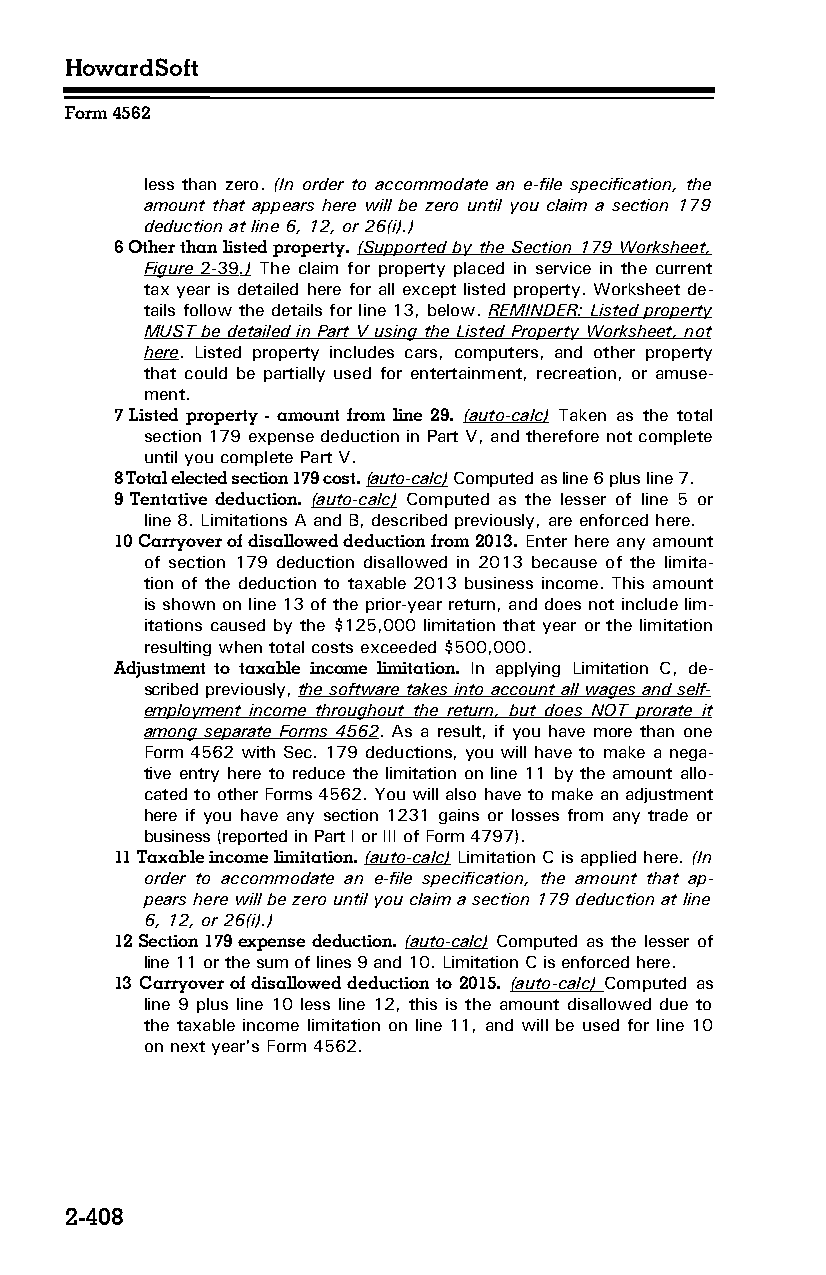
HowardSoft
 Form 4562
 less than zero. (In order to accommodate an e-file specification, the
 amount that appears here will be zero until you claim a section 179
 deduction at line 6, 12, or 26(i).)
 6 Other than listed property. (Supported by the Section 179 Worksheet,
 Figure 2-39 .) The claim for property placed in service in the current
 tax year is detailed here for all except listed property. Worksheet de­
 tails follow the details for line 13, below. REMINDER: Listed property
 MUST be detailed in Part V using the Listed Property Worksheet, not
 here. Listed property includes cars, computers, and other property
 that could be partially used for entertainment, recreation, or amuse­
 ment.
 7 Listed property - amount from line 29. (auto-calc) Taken as the total
 section 179 expense deduction in Part V, and therefore not complete
 until you complete Part V.
 8 Total elected section 179 cost. (auto-calc) Computed as line 6 plus line 7.
 9 Tentative deduction. (auto-calc) Computed as the lesser of line 5 or
 line 8. Limitations A and B, described previously, are enforced here.
 10 Carryover of disallowed deduction from 2013. Enter here any amount
 of section 179 deduction disallowed in 2013 because of the limita­
 tion of the deduction to taxable 2013 business income. This amount
 is shown on line 13 of the prior-year return, and does not include lim­
 itations caused by the $125,000 limitation that year or the limitation
 resulting when total costs exceeded $500,000.
 Adjustment to taxable income limitation. In applying Limitation C, de­
 scribed previously, the software takes into account all wages and self-
 employment income throughout the return, but does NOT prorate it
 among separate Forms 4562. As a result, if you have more than one
 Form 4562 with Sec. 179 deductions, you will have to make a nega­
 tive entry here to reduce the limitation on line 11 by the amount allo­
 cated to other Forms 4562. You will also have to make an adjustment
 here if you have any section 1231 gains or losses from any trade or
 business (reported in Part I or III of Form 4797).
 11 Taxable income limitation. (auto-calc) Limitation C is applied here. (In
 order to accommodate an e-file specification, the amount that ap­
 pears here will be zero until you claim a section 179 deduction at line
 6, 12, or 26(i).)
 12 Section 179 expense deduction. (auto-calc) Computed as the lesser of
 line 11 or the sum of lines 9 and 10. Limitation C is enforced here.
 13 Carryover of disallowed deduction to 2015. (auto-calc) Computed as
 line 9 plus line 10 less line 12, this is the amount disallowed due to
 the taxable income limitation on line 11, and will be used for line 10
 on next year's Form 4562.
 2-408